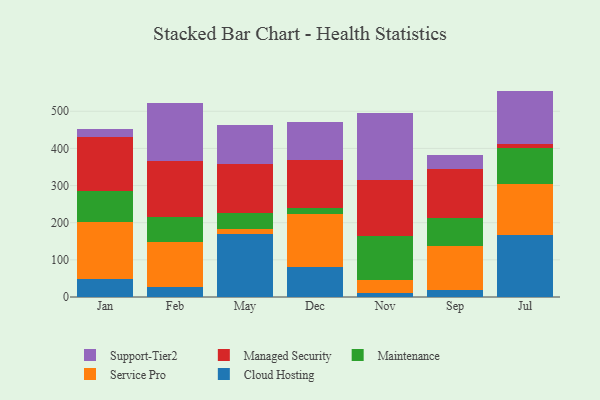
{"axis": {"x": "Month", "y": "Revenue (USD Million)"}, "legend": ["Cloud Hosting", "Maintenance", "Managed Security", "Service Pro", "Support-Tier2"], "data": [{"x": "Jan", "y": 49.8, "type": "Cloud Hosting"}, {"x": "Jan", "y": 152.5, "type": "Service Pro"}, {"x": "Jan", "y": 83.7, "type": "Maintenance"}, {"x": "Jan", "y": 143.5, "type": "Managed Security"}, {"x": "Jan", "y": 21.6, "type": "Support-Tier2"}, {"x": "Feb", "y": 27.5, "type": "Cloud Hosting"}, {"x": "Feb", "y": 120.7, "type": "Service Pro"}, {"x": "Feb", "y": 67.7, "type": "Maintenance"}, {"x": "Feb", "y": 150.9, "type": "Managed Security"}, {"x": "Feb", "y": 155.1, "type": "Support-Tier2"}, {"x": "May", "y": 170.0, "type": "Cloud Hosting"}, {"x": "May", "y": 13.0, "type": "Service Pro"}, {"x": "May", "y": 43.1, "type": "Maintenance"}, {"x": "May", "y": 131.4, "type": "Managed Security"}, {"x": "May", "y": 104.5, "type": "Support-Tier2"}, {"x": "Dec", "y": 80.3, "type": "Cloud Hosting"}, {"x": "Dec", "y": 141.8, "type": "Service Pro"}, {"x": "Dec", "y": 18.2, "type": "Maintenance"}, {"x": "Dec", "y": 127.4, "type": "Managed Security"}, {"x": "Dec", "y": 104.7, "type": "Support-Tier2"}, {"x": "Nov", "y": 10.9, "type": "Cloud Hosting"}, {"x": "Nov", "y": 33.6, "type": "Service Pro"}, {"x": "Nov", "y": 120.5, "type": "Maintenance"}, {"x": "Nov", "y": 150.8, "type": "Managed Security"}, {"x": "Nov", "y": 178.2, "type": "Support-Tier2"}, {"x": "Sep", "y": 20.0, "type": "Cloud Hosting"}, {"x": "Sep", "y": 117.1, "type": "Service Pro"}, {"x": "Sep", "y": 74.3, "type": "Maintenance"}, {"x": "Sep", "y": 134.2, "type": "Managed Security"}, {"x": "Sep", "y": 36.1, "type": "Support-Tier2"}, {"x": "Jul", "y": 165.8, "type": "Cloud Hosting"}, {"x": "Jul", "y": 137.7, "type": "Service Pro"}, {"x": "Jul", "y": 97.9, "type": "Maintenance"}, {"x": "Jul", "y": 11.3, "type": "Managed Security"}, {"x": "Jul", "y": 142.2, "type": "Support-Tier2"}]}